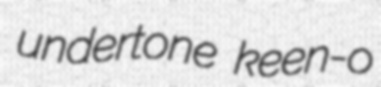
undertone keen-o